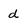
Character: d